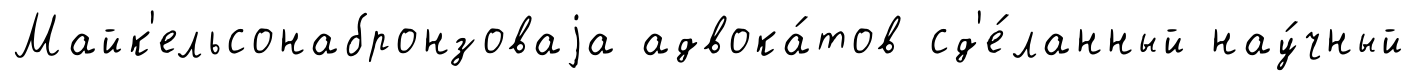
Майк'ельсонабронзоваjа адвока́тов сд'е́ланный нау́чный